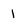
Character: I